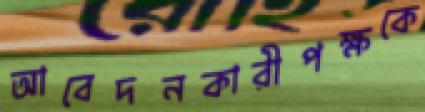
আবেদনকারীপক্ষকে